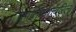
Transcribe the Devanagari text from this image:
प्रगतिपथावरिल